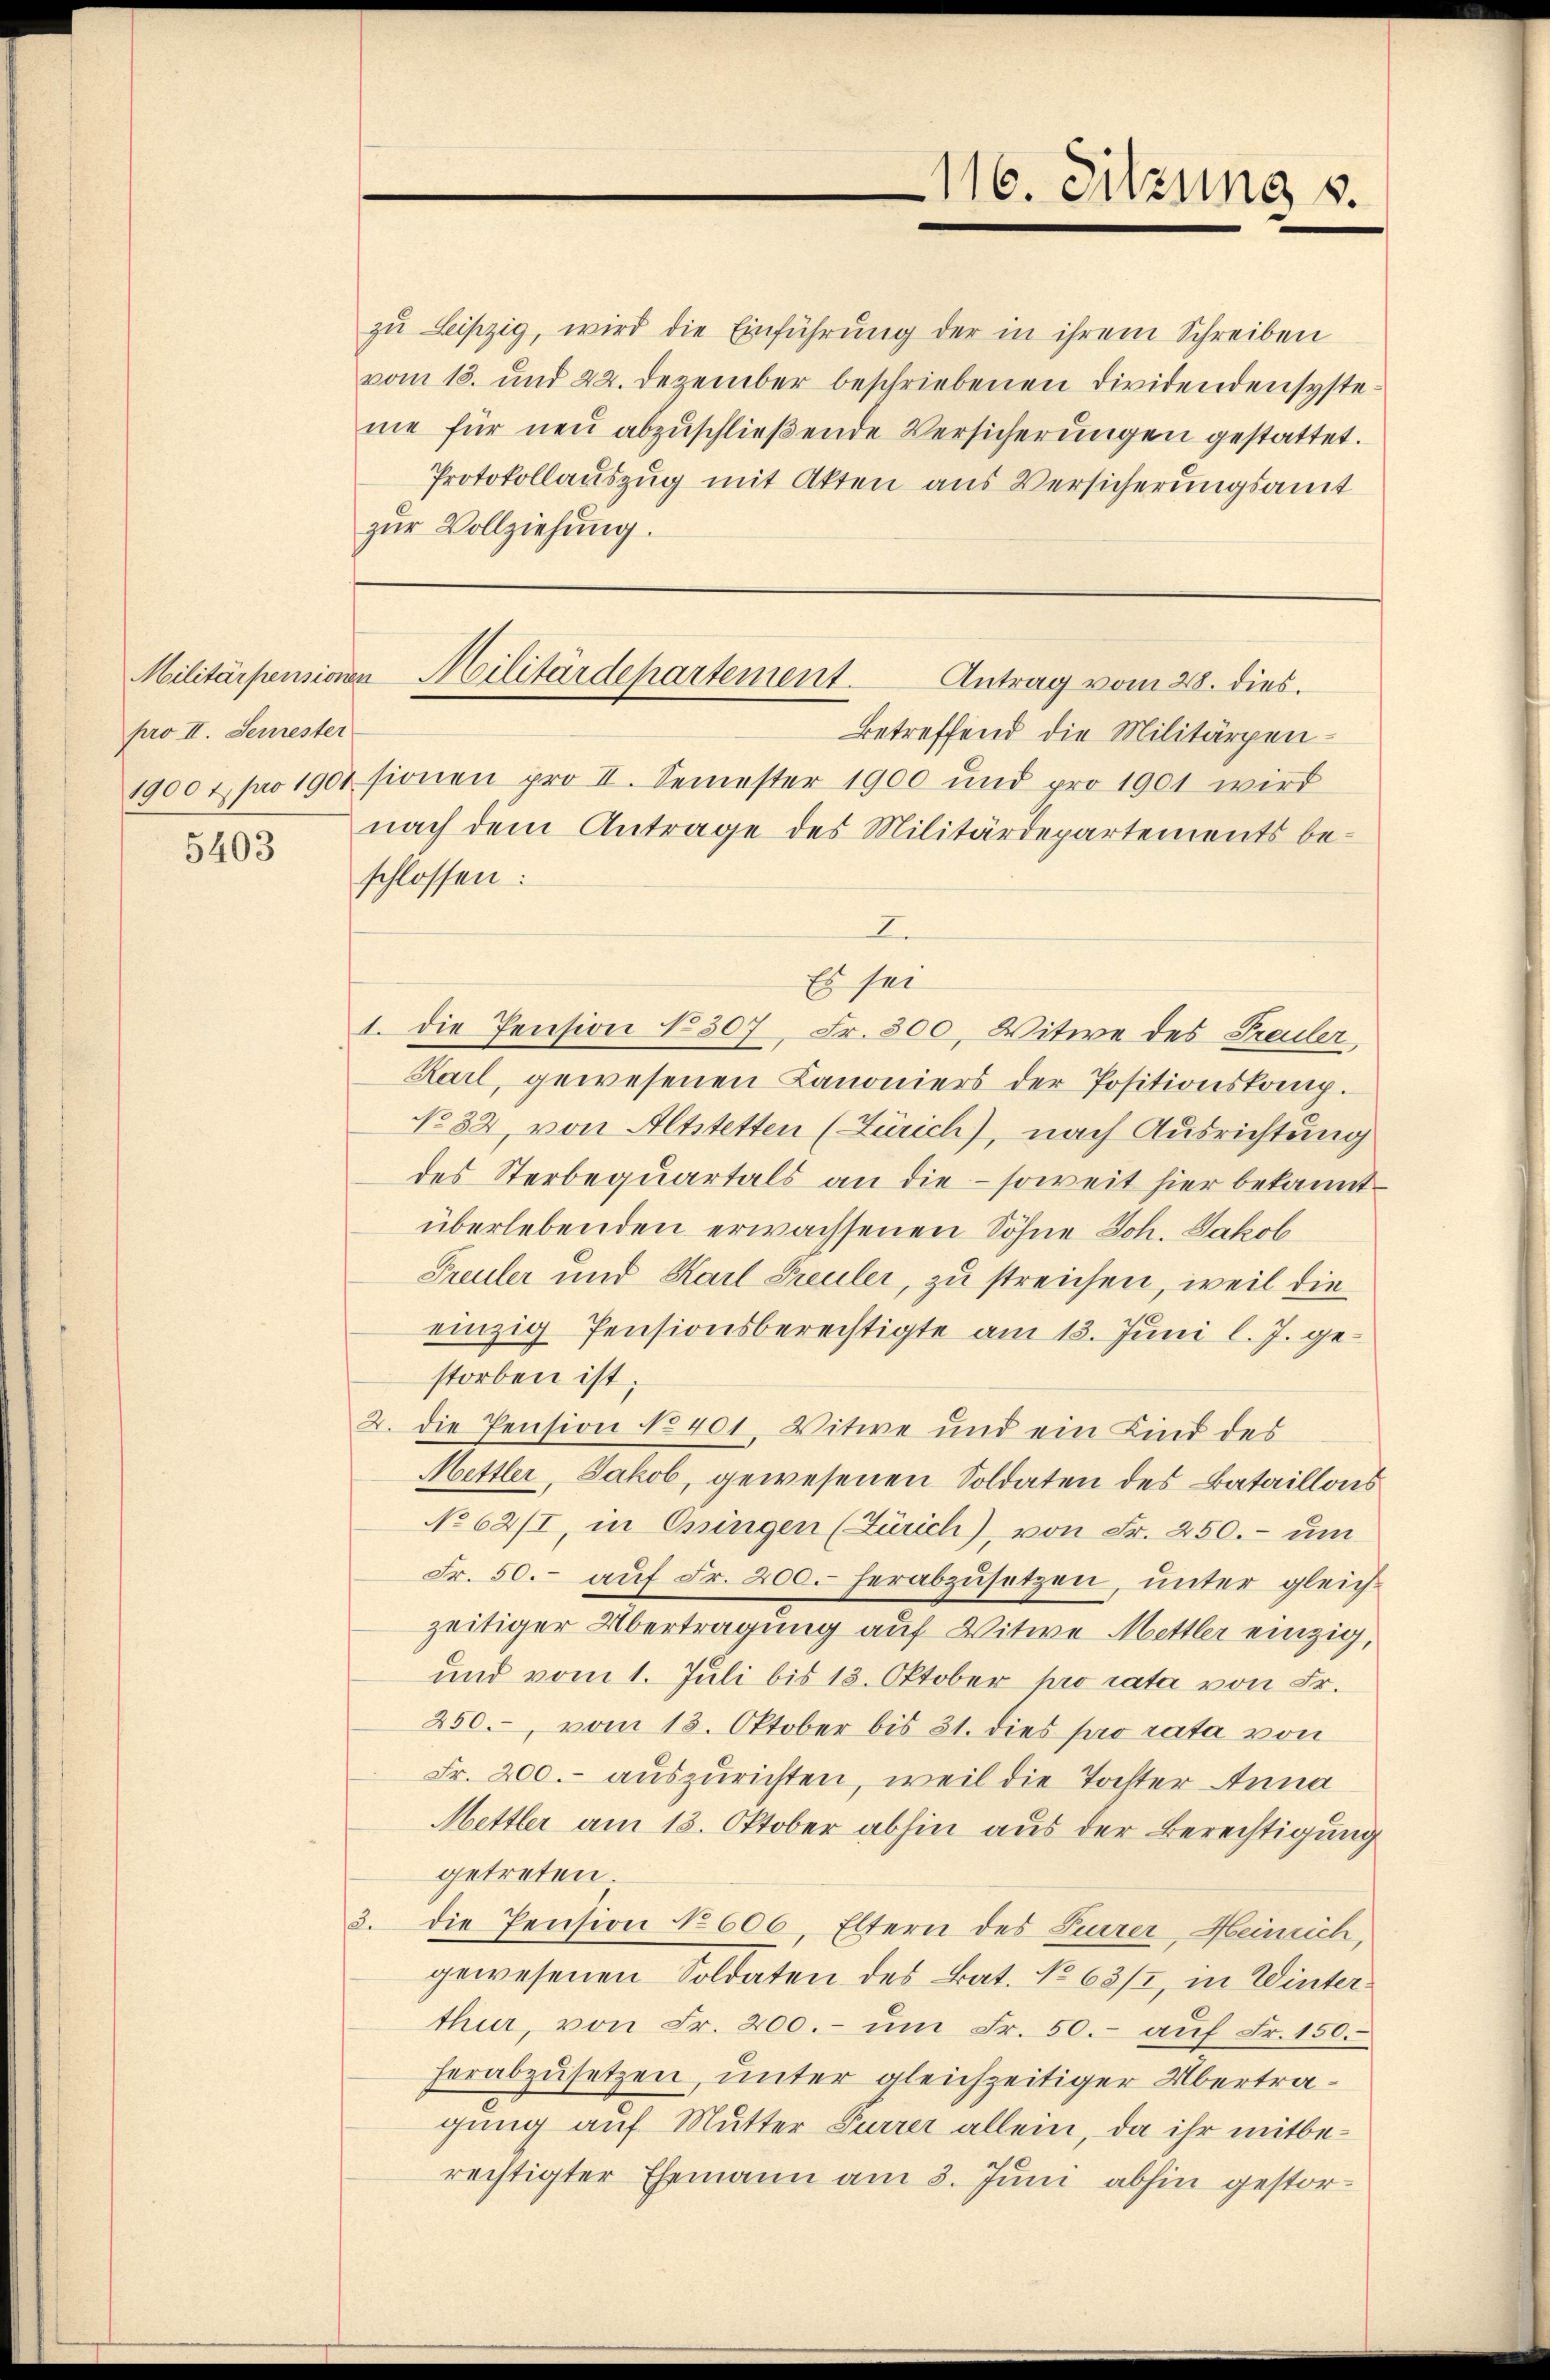
pro II. Semester
1900 t pro 1901

5403

zu Leipzig, wird die Einführung der in ihrem Schreiben
vom 18. und 22. Dezember beschriebenen Dividendensyste
me für neu abzuschließende Versicherungen gestattet.
Protokollauszug mit Akten aus Versicherungsamt
zur Vollziehung.

Militärpensionen Militärdepartement.
Antrag vom 28. dies.

116. Sitzung v.

Betreffend die Militärpensionen pro II. Semester 1900 und pro 1901 wird
nach dem Antrage des Militärdepartements beschlossen:
I
Es sei
1. Die Pension No 307, Fr. 300, Witwe des Prailer,
Karl, gewesenen Canoniers der Positionskomp.
No 32, von Altstetten (Zürich), nach Ausrichtung
des Sterbequartals an die - soweit hier bekannt
überlebenden erwachsenen Söhne Joh. Jakob
Freuler und Karl Freuler, zu streichen, weil die
einzig Pensionsberechtigte am 13. Juni l. J. gestorben ist;
2. Die Pension No 401. Vitwe und ein Kind des
Mettler, Jakob, gewesenen Soldaten des Bataillons
No 62/I, in Ossingen (Zürich), von Fr. 250. - um
Fr. 50.- aŭf Fr. 200. herabzŭsetzen, ŭnter gleich-
zeitiger Übertragung auf Witwe Mettler einzig,
und vom 1. Juli bis 13. Oktober pro rata von Fr.
250., vom 13. Oktober bis 31. dies pro rata von
Fr. 200. auszurichten, weil die Tochter Anna
Mettler am 13. Oktober abhin aus der Berechtigung
getreten.
3. die Pension No 606. Eltern des Euerer, Heinrich,
gewesenen Soldaten des Bat. No 63/2, in Winterthur, von Fr. 200.- ŭm Fr. 50.- auf Fr. 150.
herabzusetzen, unter gleichzeitiger Übertragung auf Mutter Furrer allein, da ihr mitberechtigter Ehemann am 3. Juni abhin gestor¬